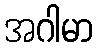
အဂါမာ